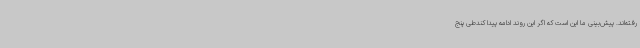
رفته‌اند. پیش‌بینی ما این است که اگر این روند ادامه پیدا کندطی پنج